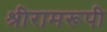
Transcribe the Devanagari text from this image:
श्रीरामरूपी